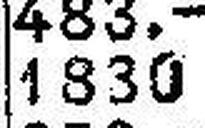
1830